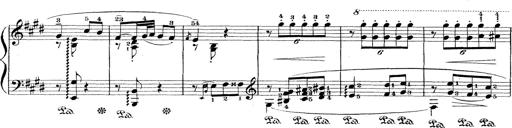
Title: Le rossignol
Composer: Franz Liszt